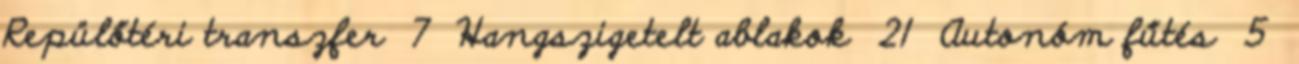
Repülőtéri transzfer 7 Hangszigetelt ablakok 21 Autonóm fűtés 5